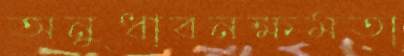
অনুধাবনক্ষমতা